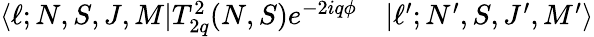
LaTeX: \begin{array}{rl}{\langle\ell;N,S,J,M|T_{2q}^{2}(N,S)e^{-2iq\phi}}&{{}|\ell^{\prime};N^{\prime},S,J^{\prime},M^{\prime}\rangle}\end{array}